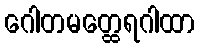
ဂေါတမတ္ထေရဂါထာ